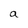
Character: a